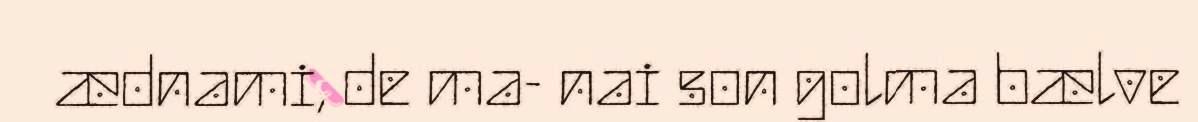
ædnami, de ma- nai son golma bælve